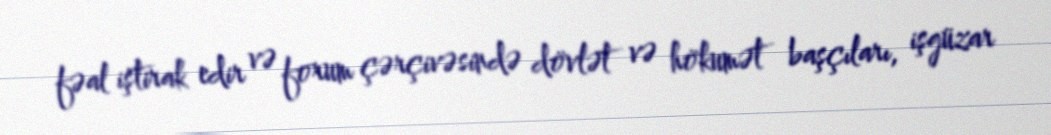
fəal iştirak edir və forum çərçivəsində dövlət və hökumət başçıları, işgüzar